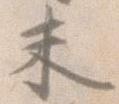
未